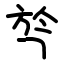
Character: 㫇